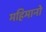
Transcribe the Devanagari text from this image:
महिमानो